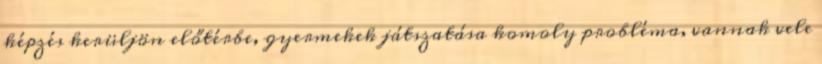
képzés kerüljön előtérbe, gyermekek játszatása komoly probléma, vannak vele